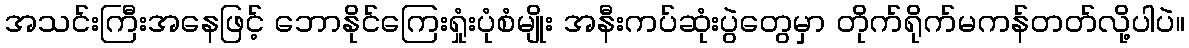
အသင်းကြီးအနေဖြင့် ဘောနိုင်ကြေးရှုံးပုံစံမျိုး အနီးကပ်ဆုံးပွဲတွေမှာ တိုက်ရိုက်မကန်တတ်လို့ပါပဲ။